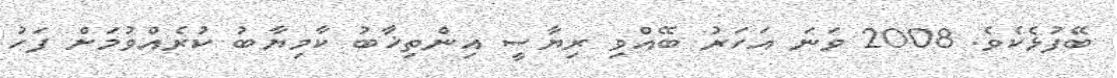
ބޭފުޅެކެވެ. 2008 ވަނަ އަހަރު ބޭއްވި ރިޔާސީ އިންތިޚާބު ކާމިޔާބު ކުރެއްވުމަށް ފަހު